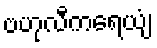
ဗဟုလီကရေယျံ